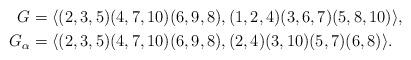
LaTeX: \begin{align*}G&=\langle (2, 3, 5)(4, 7, 10)(6, 9, 8), (1, 2, 4)(3, 6, 7)(5, 8, 10)\rangle,\\G_\alpha&=\langle (2, 3, 5)(4, 7, 10)(6, 9, 8), (2, 4)(3, 10)(5, 7)(6, 8)\rangle.\end{align*}